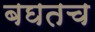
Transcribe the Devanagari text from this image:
बघतच